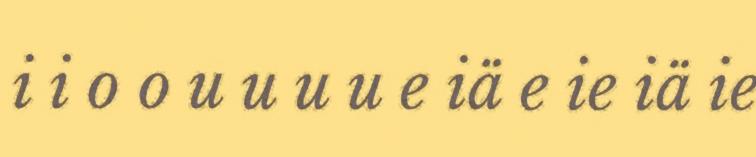
i i o o u u u u e iä e ie iä ie